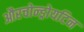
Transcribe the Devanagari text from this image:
औरचोन्ड्रोयटिन